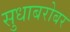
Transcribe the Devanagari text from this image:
सुधाबरोबर